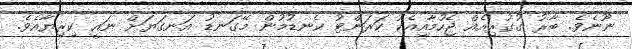
ނޫނެވެ. ބާރު ގުގުރިއެއް ޖެހުމާއިއެކު ކަރަންޓު ކެނޑުމުން މޭގަނޑު އަނގަޔަށް ނައީ ކިރިޔާއެވެ.